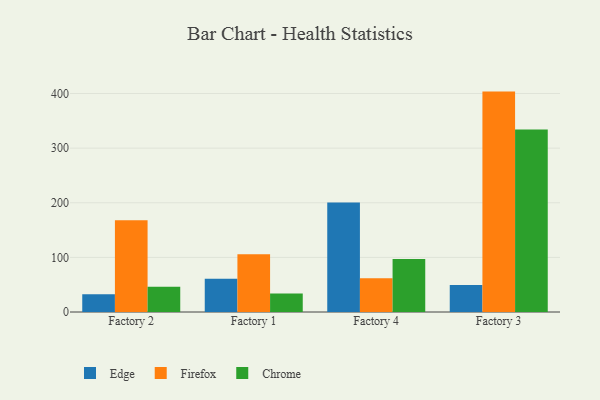
{"axis": {"x": "Factory", "y": "Waste Production (Tons)"}, "legend": ["Chrome", "Edge", "Firefox"], "data": [{"x": "Factory 2", "y": 32.3, "type": "Edge"}, {"x": "Factory 2", "y": 168.1, "type": "Firefox"}, {"x": "Factory 2", "y": 46.4, "type": "Chrome"}, {"x": "Factory 1", "y": 60.9, "type": "Edge"}, {"x": "Factory 1", "y": 105.7, "type": "Firefox"}, {"x": "Factory 1", "y": 33.7, "type": "Chrome"}, {"x": "Factory 4", "y": 200.4, "type": "Edge"}, {"x": "Factory 4", "y": 61.6, "type": "Firefox"}, {"x": "Factory 4", "y": 97.1, "type": "Chrome"}, {"x": "Factory 3", "y": 49.4, "type": "Edge"}, {"x": "Factory 3", "y": 403.5, "type": "Firefox"}, {"x": "Factory 3", "y": 334.3, "type": "Chrome"}]}